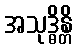
အသုဒ္ဓိန္တိ